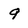
Character: 9